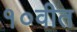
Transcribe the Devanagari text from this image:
१०वीत